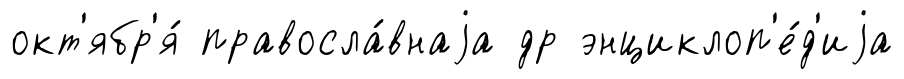
окт'ябр'я́ правосла́внаjа др энциклоп'е́д'иjа